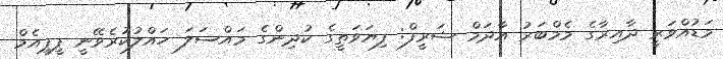
މަޑުއްވަރީ ދާއިރާގެ މެމްބަރު އާދަމް ޝަރީފް: ފިޔަވަތީގެ ކުދިންގެ މައްސަލަ ހައްލުކުރެވޭނީ ޕީޕީއެމް